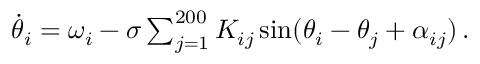
\begin{array} { r } { \Dot { \theta } _ { i } = \omega _ { i } - \sigma \sum _ { j = 1 } ^ { 2 0 0 } K _ { i j } \sin ( \theta _ { i } - \theta _ { j } + \alpha _ { i j } ) \, . } \end{array}